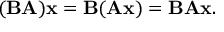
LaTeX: ( \mathbf { B A } ) \mathbf { x } = \mathbf { B } ( \mathbf { A x } ) = \mathbf { B A x } .